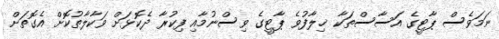
ނަމަވެސް ޕާޓީގެ އަސާސްތަކާ ޚިލާފުވެ ޕާޓީގެ ވިސްނުމާއި ފިކުރާ ދެކޮޅަށް ވަކާލާތުކޮށް އެގޮތަށް